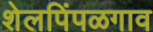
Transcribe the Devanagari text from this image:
शेलपिंपळगाव